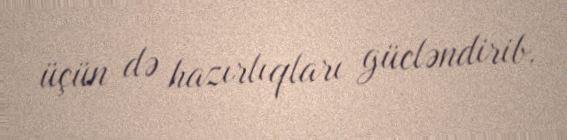
üçün də hazırlıqları gücləndirib.